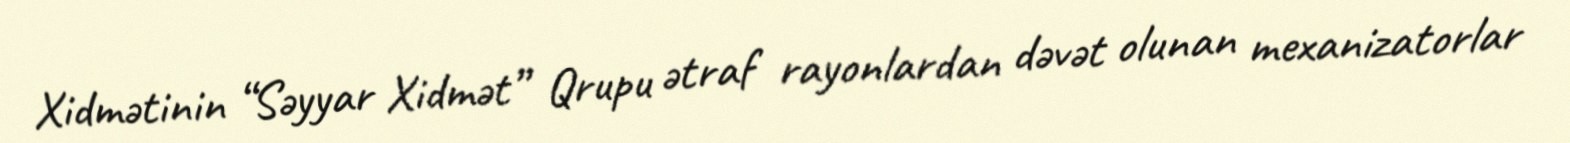
Xidmətinin “Səyyar Xidmət” Qrupu ətraf rayonlardan dəvət olunan mexanizatorlar